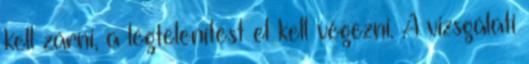
kell zárni, a légtelenítést el kell végezni. A vizsgálati